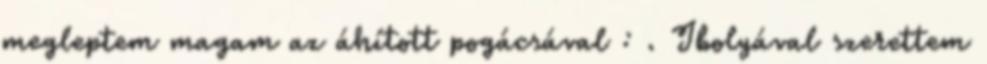
megleptem magam az áhított pogácsával : . Ibolyával szerettem